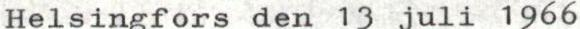
Helsingfors den 13 juli 1966